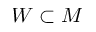
W \subset M